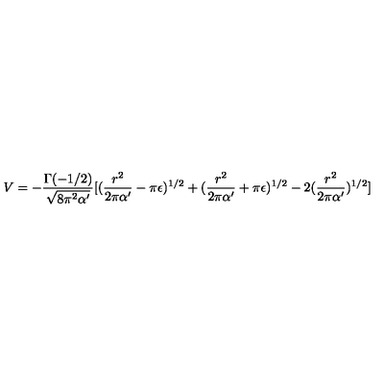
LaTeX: V = - \frac { \Gamma ( - 1 / 2 ) } { \sqrt { 8 \pi ^ { 2 } \alpha ^ { \prime } } } [ ( \frac { r ^ { 2 } } { 2 \pi \alpha ^ { \prime } } - \pi \epsilon ) ^ { 1 / 2 } + ( \frac { r ^ { 2 } } { 2 \pi \alpha ^ { \prime } } + \pi \epsilon ) ^ { 1 / 2 } - 2 ( \frac { r ^ { 2 } } { 2 \pi \alpha ^ { \prime } } ) ^ { 1 / 2 } ]